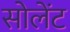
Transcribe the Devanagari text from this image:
सोलेंट